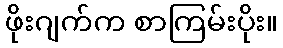
ဖိုးဂျက်က စာကြမ်းပိုး။